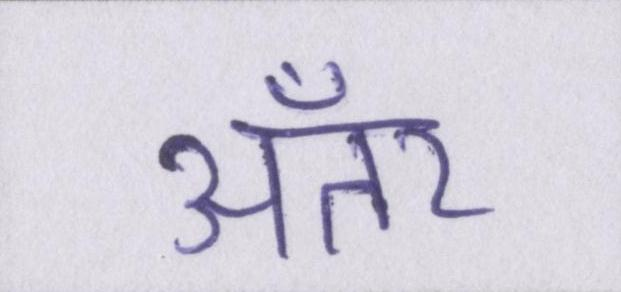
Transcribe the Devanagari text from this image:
अँतर